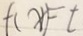
f ( x ) = t